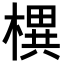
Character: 𣚣